Indian journal of veterinary science and animal husbandry - Volumes 26-27, 1956-1957
Year: 1956
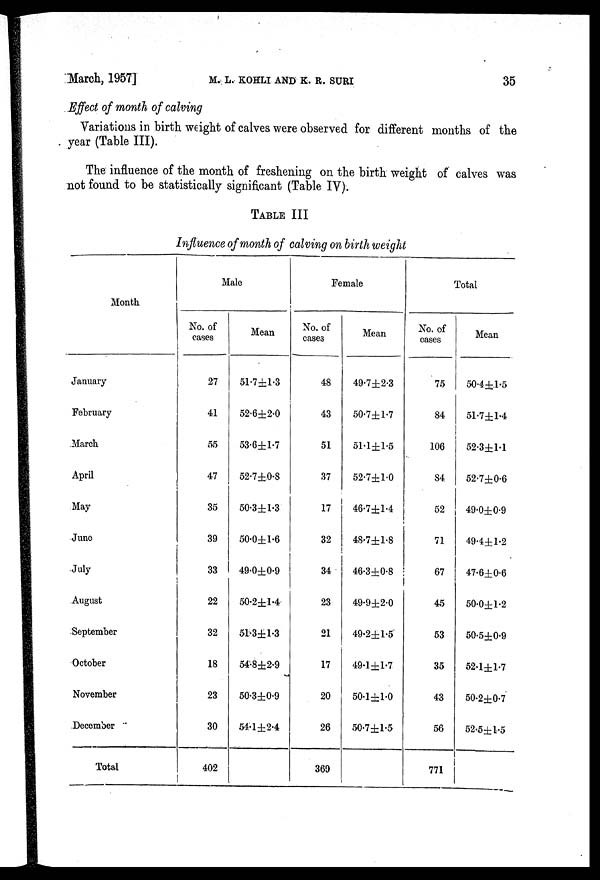
March, 1957]
M.
L.
KOHLI
NAD
K.
R.
SURI
35
Effect of month of calving
Variations in birth weight of calves were observed for different months of the
year (Table III).
The influence of the month of freshening on the birth weight of calves was
not found to be statistically significant (Table IV).
TABLE III
Influence of month of calving on birth weight
Month
January
February
March
April
May
June
July
August
September
October
November
December
Total
Male
No. of
cases
27
41
55
47
35
39
33
22
32
18
23
30
402
Mean
51.7±1.3
52.6±2.0
53.6±1.7
52.7±0.8
50.3±1.3
50.0±1.6
49.0±0.9
50.2±1.4
51.3±1.3
54.8±2.9
50.3±0.9
54.1±2.4
Female
No. of
cases
48
43
51
37
17
32
34
23
21
17
20
26
369
Mean
49.7±2.3
50.7±1.7
51.1±1.5
52.7±1.0
46.7±1.4
48.7±1.8
46.3±0.8
49.9±2.0
49.2±1.5
49.1±1.7
50.1±1.0
50.7±1.5
Total
No. of
cases
75
84
106
84
52
71
67
45
53
35
43
56
771
Mean
50.4±.1.5
51.7±1.4
52.3±1.1
52.7±0.6
49.0±0.9
49.4±1.2
47.6±0.6
50.0±1.2
50.5±0.9
52.1±1.7
50.2±0.7
52.5±1.5